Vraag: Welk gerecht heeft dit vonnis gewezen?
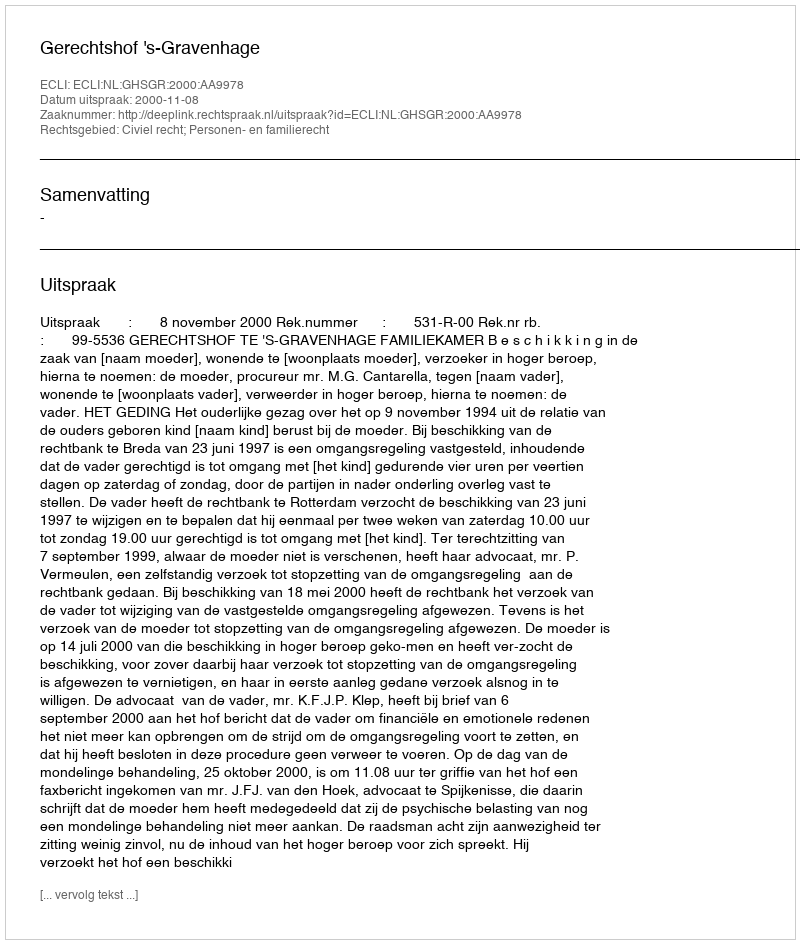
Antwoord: Gerechtshof 's-Gravenhage